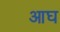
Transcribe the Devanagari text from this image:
आघ